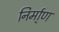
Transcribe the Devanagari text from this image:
निर्मा्ण